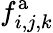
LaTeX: f_{i,j,k}^{\mathrm{a}}